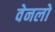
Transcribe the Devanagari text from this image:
वेनलो